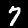
Digit: 7